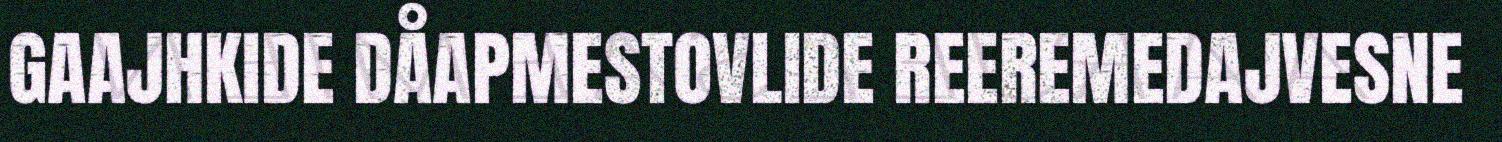
GAAJHKIDE DÅAPMESTOVLIDE REEREMEDAJVESNE